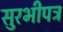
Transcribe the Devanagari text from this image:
सुरभीपत्र